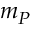
m _ { P }